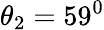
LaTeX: \theta_{2}=59^{0}